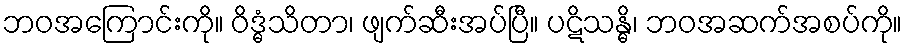
ဘဝအကြောင်းကို။ ဝိဒ္ဓံသိတာ၊ ဖျက်ဆီးအပ်ပြီ။ ပဋိသန္ဓိ၊ ဘဝအဆက်အစပ်ကို။